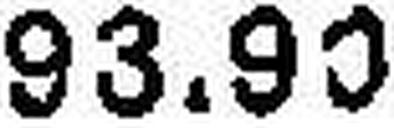
93.90